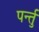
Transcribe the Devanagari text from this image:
पर्न्तु